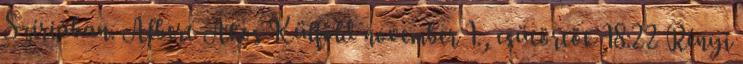
Szíriában. Albert Ákos Külföld november 1., csütörtök 18:22 Rényi